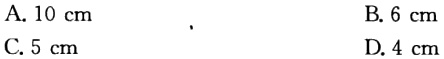
A. \(10\ \text{cm}\)
B. \(6\ \text{cm}\)
C. \(5\ \text{cm}\)
D. \(4\ \text{cm}\)